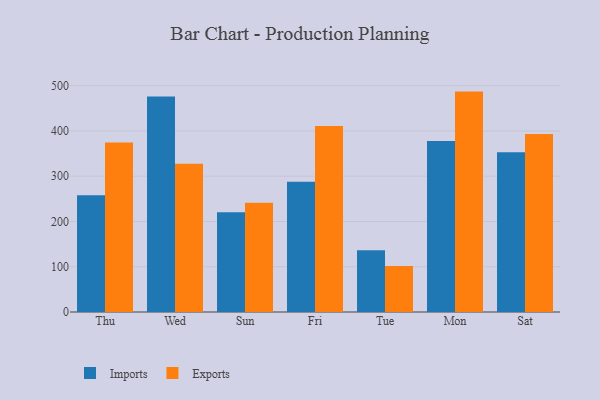
{"axis": {"x": "Day", "y": "LTV (USD)"}, "legend": ["Exports", "Imports"], "data": [{"x": "Thu", "y": 258.0, "type": "Imports"}, {"x": "Thu", "y": 374.3, "type": "Exports"}, {"x": "Wed", "y": 475.8, "type": "Imports"}, {"x": "Wed", "y": 327.4, "type": "Exports"}, {"x": "Sun", "y": 220.5, "type": "Imports"}, {"x": "Sun", "y": 241.1, "type": "Exports"}, {"x": "Fri", "y": 287.6, "type": "Imports"}, {"x": "Fri", "y": 411.0, "type": "Exports"}, {"x": "Tue", "y": 136.4, "type": "Imports"}, {"x": "Tue", "y": 101.8, "type": "Exports"}, {"x": "Mon", "y": 377.9, "type": "Imports"}, {"x": "Mon", "y": 486.9, "type": "Exports"}, {"x": "Sat", "y": 353.0, "type": "Imports"}, {"x": "Sat", "y": 393.0, "type": "Exports"}]}